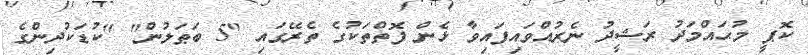
ކޮޕީ މުޙައްމަދު ރަޝީދު ނެރުއްވައިފައިވާ ޅެން ފޮތްތަކުގެ ތެރޭގައި "5 ބަޠަލުން" "ކުޑަކުދިންގެ